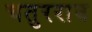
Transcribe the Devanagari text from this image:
चतुरराव